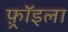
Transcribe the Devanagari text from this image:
फ़्रॉइला